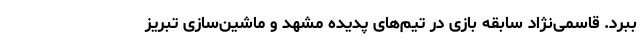
ببرد. قاسمی‌نژاد سابقه بازی در تیم‌های پدیده مشهد و ماشین‌سازی تبریز